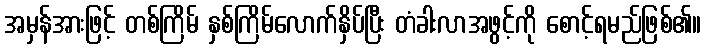
အမှန်အားဖြင့် တစ်ကြိမ် နှစ်ကြိမ်လောက်နှိပ်ပြီး တံခါးလာအဖွင့်ကို စောင့်ရမည်ဖြစ်၏။